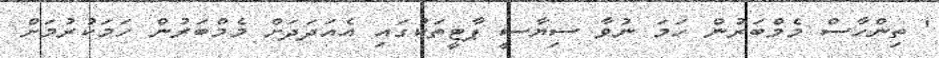
' ތިންހާސް މެމްބަރުން ހަމަ ނުވާ ސިޔާސީ ޕާޓީތަކުގައި އެއަދަދަށް މެމްބަރުން ހަމަކުރުމަށް